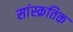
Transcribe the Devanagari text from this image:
सांस्क्रतिक